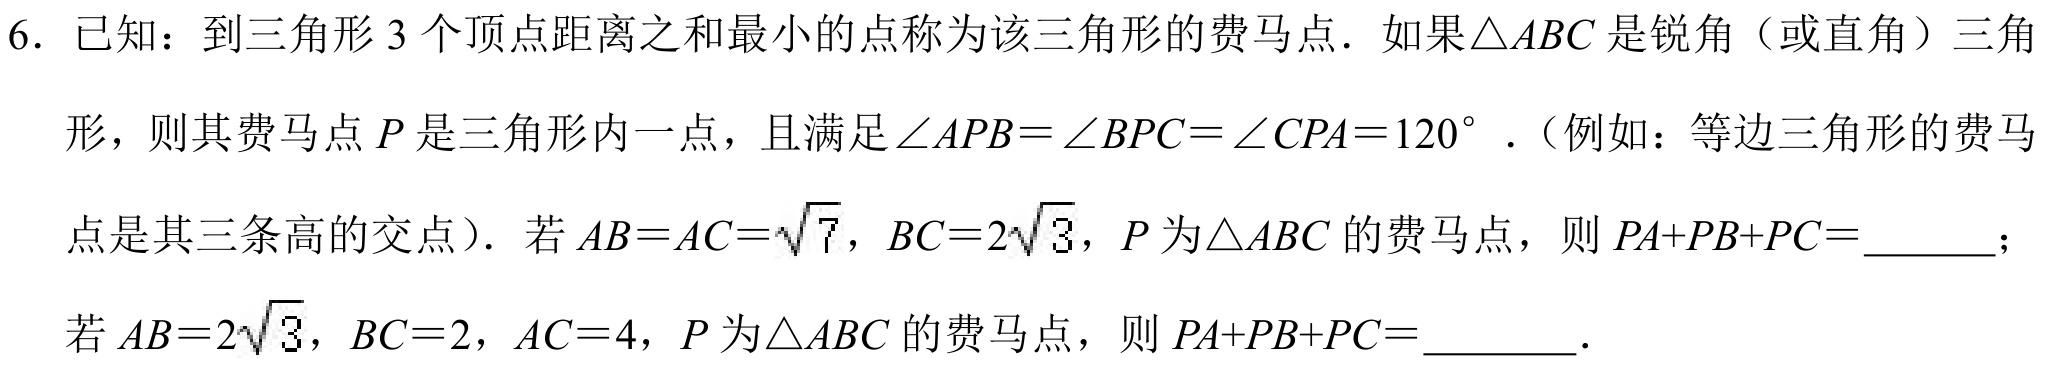
6. 已知：到三角形\(3\)个顶点距离之和最小的点称为该三角形的费马点．如果\(\triangle ABC\)是锐角（或直角）三角形，则其费马点\(P\)是三角形内一点，且满足\(\angle APB=\angle BPC=\angle CPA = 120^{\circ}\)．（例如：等边三角形的费马点是其三条高的交点）．若\(AB = AC=\sqrt{7}\)，\(BC = 2\sqrt{3}\)，\(P\)为\(\triangle ABC\)的费马点，则\(PA + PB + PC=\)_______；若\(AB = 2\sqrt{3}\)，\(BC = 2\)，\(AC = 4\)，\(P\)为\(\triangle ABC\)的费马点，则\(PA + PB + PC=\)________．